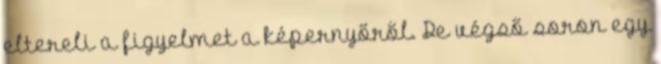
eltereli a figyelmet a képernyőről. De végső soron egy